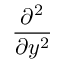
\frac { \partial ^ { 2 } } { \partial y ^ { 2 } }